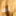
لك